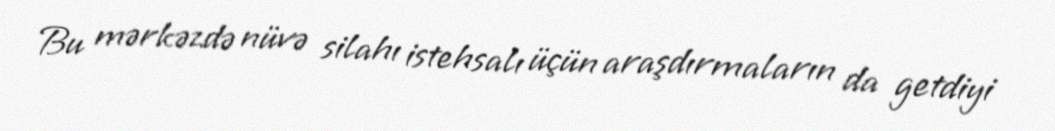
Bu mərkəzdə nüvə silahı istehsalı üçün araşdırmaların da getdiyi